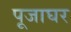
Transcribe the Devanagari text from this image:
पूजाघर